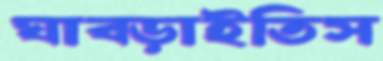
ঘাব্‌ড়াইতিস